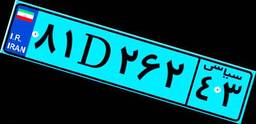
۹۸D۱۷۰۷۲